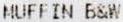
MUFFIN B&W